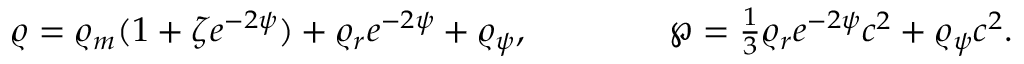
\varrho = \varrho _ { m } ( 1 + \zeta e ^ { - 2 \psi } ) + \varrho _ { r } e ^ { - 2 \psi } + \varrho _ { \psi } , \ \ \ \ \ \ \ \ \ \ \ \ \wp = \textstyle { \frac { 1 } { 3 } } \varrho _ { r } e ^ { - 2 \psi } c ^ { 2 } + \varrho _ { \psi } c ^ { 2 } .